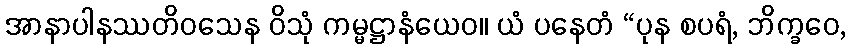
အာနာပါနဿတိဝသေန ဝိသုံ ကမ္မဋ္ဌာနံယေဝ။ ယံ ပနေတံ “ပုန စပရံ, ဘိက္ခဝေ,